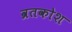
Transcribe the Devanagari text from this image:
व्रतकोश